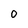
Character: 0